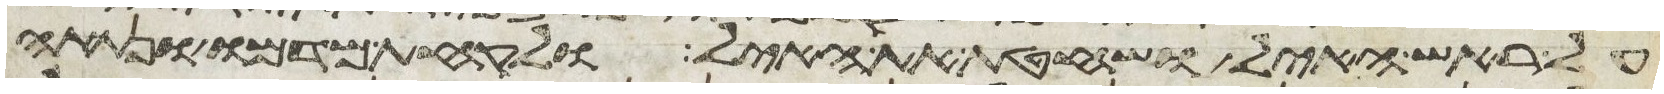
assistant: על ראש האיל ושחטת את האיל ולקחת מדמו ונתתה